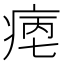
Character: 𤶮